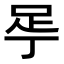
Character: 𬻚